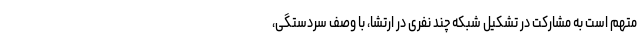
متهم است به مشارکت در تشکیل شبکه چند نفری در ارتشا، با وصف سردستگی،